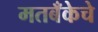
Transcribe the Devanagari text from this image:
मतबँकेचे